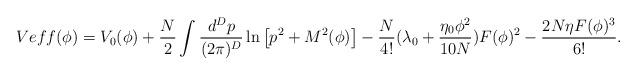
LaTeX: \begin{align*}Veff(\phi)=V_0(\phi)+\frac{N}{2}\int \frac{d^Dp}{(2\pi)^D} \ln \left [p^2+M^2(\phi) \right ] -\frac{N}{4!}(\lambda_0+\frac{\eta_0 \phi^2}{10N}) F(\phi)^2-\frac{2N\eta F(\phi)^3}{6!} .\end{align*}